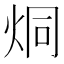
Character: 烔